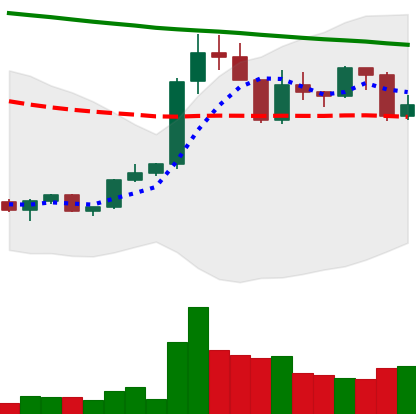
Ticker: XRP-USD
Chart end date: 2022-02-18
Forward return: -11.089%
Label: down_7plus